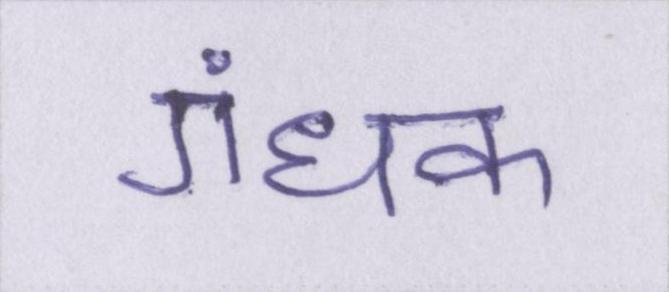
गंधक